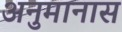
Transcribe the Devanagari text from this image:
अनुमानास